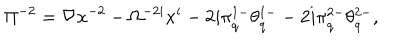
LaTeX: \Pi ^ { - 2 } = \nabla x ^ { - 2 } - \Omega ^ { - 2 i } x ^ { i } - 2 i \pi _ { \dot { q } } ^ { 1 - } \theta _ { \dot { q } } ^ { 1 - } - 2 i \pi _ { \dot { q } } ^ { 2 - } \theta _ { \dot { q } } ^ { 2 - } ,